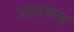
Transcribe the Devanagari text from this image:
साइफाइ